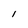
Character: I